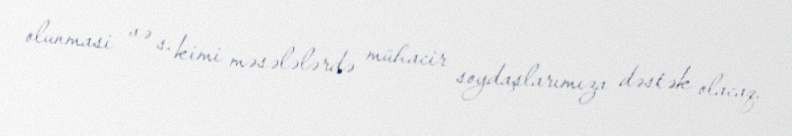
olunmasi və s. kimi məsələlərdə mühacir soydaşlarımıza dəstək olacaq.